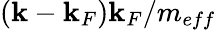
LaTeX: (\mathbf{k}-\mathbf{k}_{F})\mathbf{k}_{F}/m_{eff}